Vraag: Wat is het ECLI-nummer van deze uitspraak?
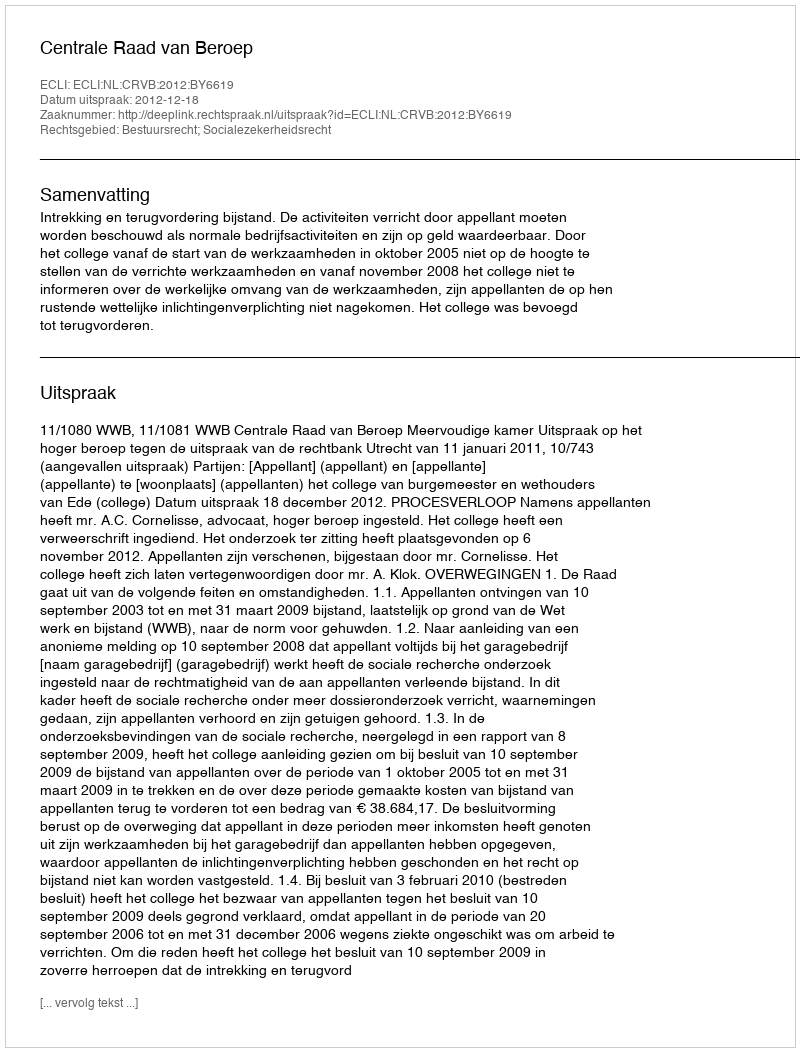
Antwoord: ECLI:NL:CRVB:2012:BY6619